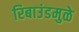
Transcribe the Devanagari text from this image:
रिबाउंडमुळे